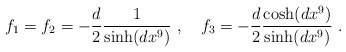
\begin{align*}f_1=f_2 = -{d\over 2}{1\over {\rm sinh}(dx^9)}\ ,\quad f_3 = -{d\over 2}{{\rm cosh}(dx^9)\over {\rm sinh}(dx^9)}\ .\end{align*}